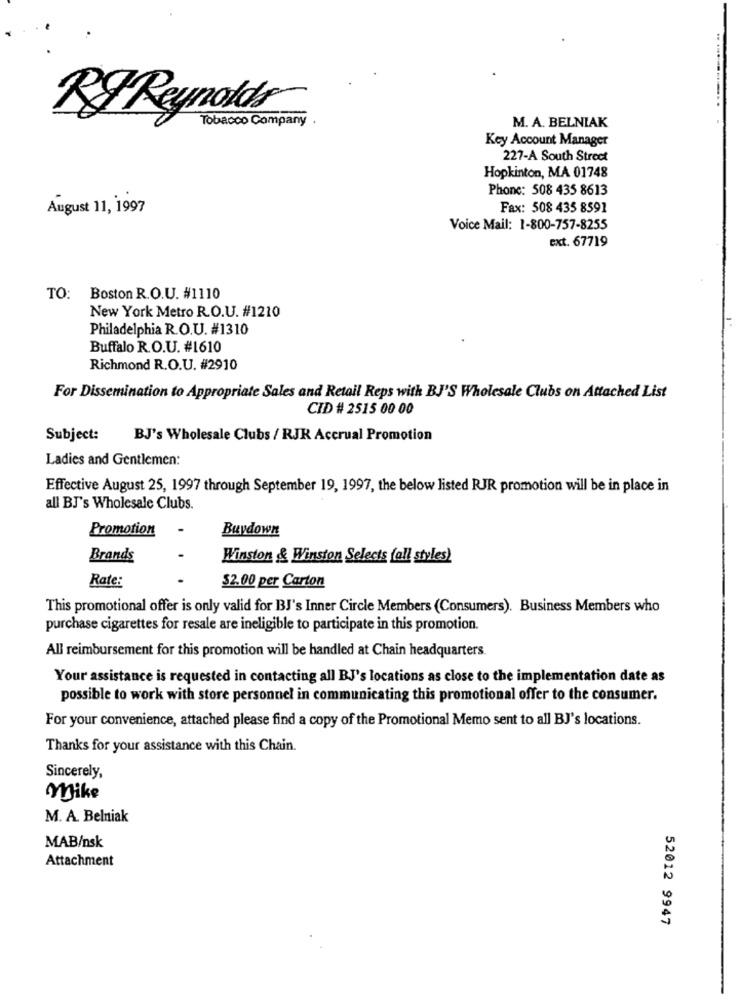
.. ............
RF Reynolds
Tobacco Company
M. A. BELNIAK
Key Account Manager
227-A South Street
Hopkinton, MA 01748
Phone: 508 435 8613
August 11, 1997
Fax: 508 435 8591
Voice Mail: 1-800-757-8255
ext. 67719
TO: Boston R.O.U. #1110
New York Metro R.O.U. #1210
Philadelphia R.O.U. #1310
Buffalo R.O.U. #1610
Richmond R.O.U. #2910
For Dissemination to Appropriate Sales and Retail Reps with BJ'S Wholesale Clubs on Attached List
CID # 2515 00 00
Subject:
BJ's Wholesale Clubs / RJK Accrual Promotion
Ladies and Gentlemen:
Effective August 25, 1997 through September 19, 1997, the below listed RJR promotion will be in place in
all BJ's Wholesale Clubs.
Promotion
Buydown
Brands
Winston & Winston Selects fall styles)
Rate:
$2.00 per Carton
This promotional offer is only valid for BJ's Inner Circle Members (Consumers). Business Members who
purchase cigarettes for resale are ineligible to participate in this promotion.
All reimbursement for this promotion will be handled at Chain headquarters.
Your assistance is requested in contacting all BJ's locations as close to the implementation date as
possible to work with store personnel in communicating this promotional offer to the consumer.
For your convenience, attached please find a copy of the Promotional Memo sent to all BJ's locations.
Thanks for your assistance with this Chain.
Sincerely,
Mike
M. A. Belniak
MAB/nsk
Attachment
52012 9947